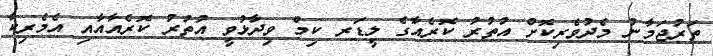
ތަރުޖަމާނު މެދުވެރިކޮށް އުތުރު ކޮރެއާގެ ލީޑަރ ކިމް ވިދާޅުވީ އުތުރު ކޮރެއާއާއި އެމެރިކާ